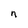
Character: n